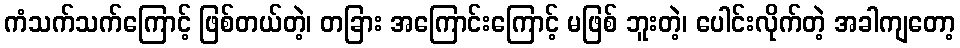
ကံသက်သက်ကြောင့် ဖြစ်တယ်တဲ့၊ တခြား အကြောင်းကြောင့် မဖြစ် ဘူးတဲ့၊ ပေါင်းလိုက်တဲ့ အခါကျတော့